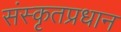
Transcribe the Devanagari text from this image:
संस्कृतप्रधान